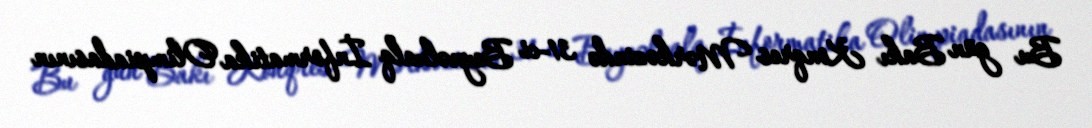
Bu gün Bakı Konqres Mərkəzində 31-ci Beynəlxalq İnformatika Olimpiadasının